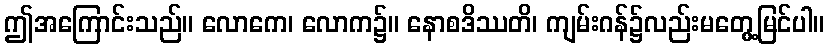
ဤအကြောင်းသည်။ လောကေ၊ လောက၌။ နောစဒိဿတိ၊ ကျမ်းဂန်၌လည်းမတွေ့မြင်ပါ။